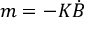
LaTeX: m = - K { \dot { B } }